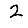
Digit: 2